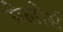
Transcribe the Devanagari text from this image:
सेलोर्स